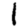
Digit: 1